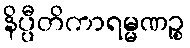
နိပ္ပီတိကာရမ္မဏဉ္စ